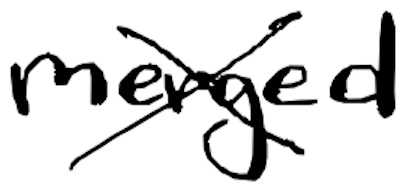
Text: merged
Cross-out: cross
Writing tool: digital_black